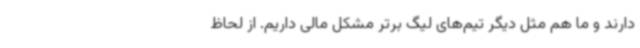
دارند و ما هم مثل دیگر تیم‌های لیگ برتر مشکل مالی داریم. از لحاظ